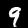
Digit: 9